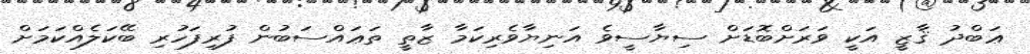
ޢަބްދު ޤާޒީ އަކީ ވަރަށްބޮޑަށް ސިޔާސީވެ އަނިޔާވެރިކަމާ ޒާތީ ތަޢައްސަބުން ފުރިފަހުރި ބޭކަލެއްކަމަށް